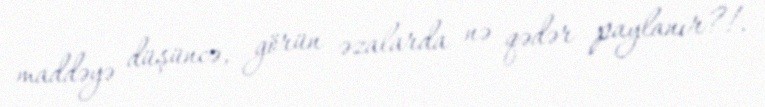
maddəyə düşüncə, görün əzalarda nə qədər paylanır?!.